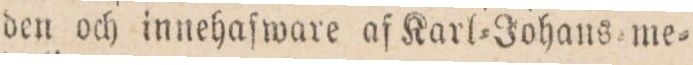
den och innehaſware af Karl=Johans me=